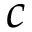
c